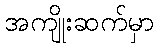
အကျိုးဆက်မှာ